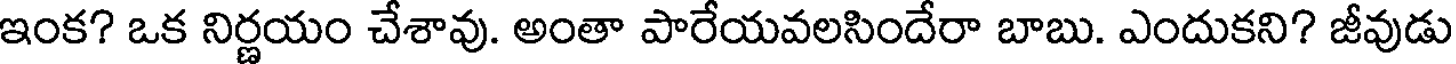
ఇంక? ఒక నిర్ణయం చేశావు. అంతా పారేయవలసిందేరా బాబు. ఎందుకని? జీవుడు